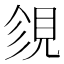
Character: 𧠝